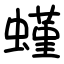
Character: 螼